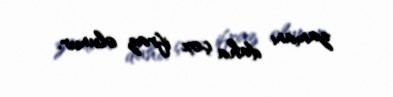
zamanı daha çox ifraz olunur.